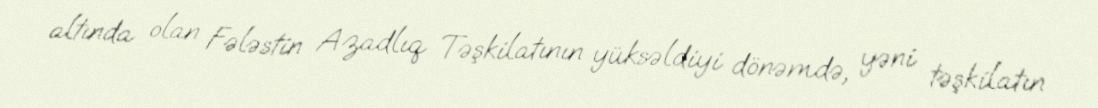
altında olan Fələstin Azadlıq Təşkilatının yüksəldiyi dönəmdə, yəni təşkilatın